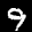
Label: 9